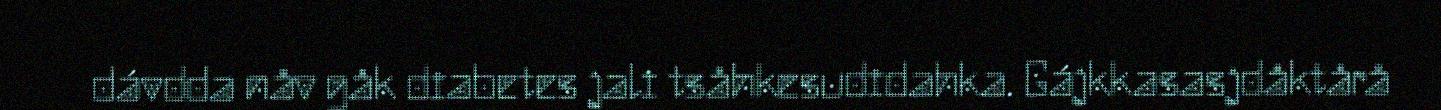
dávdda nåv gåk diabetes jali tsåhkesudidahka. Gájkkasasjdåktårå